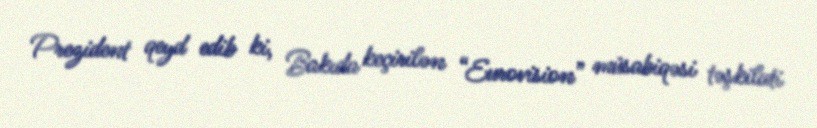
Prezident qeyd edib ki, Bakıda keçirilən “Eurovision” müsabiqəsi təşkilati